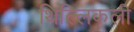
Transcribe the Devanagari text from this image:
थिल्लिकली